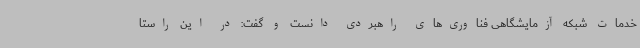
خدمات شبکه آزمایشگاهی فناوری‌های راهبردی دانست و گفت: در این راستا